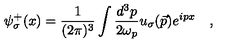
\psi _ { \sigma } ^ { + } ( x ) = \frac { 1 } { ( 2 \pi ) ^ { 3 } } \int \frac { d ^ { 3 } p } { 2 \omega _ { p } } u _ { \sigma } ( \vec { p } ) e ^ { i p x } \quad ,